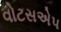
વોટસએપ